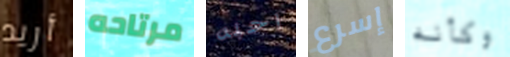
أريد مرتاحه احبه إسرع وكأنه